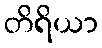
တိရိယာ